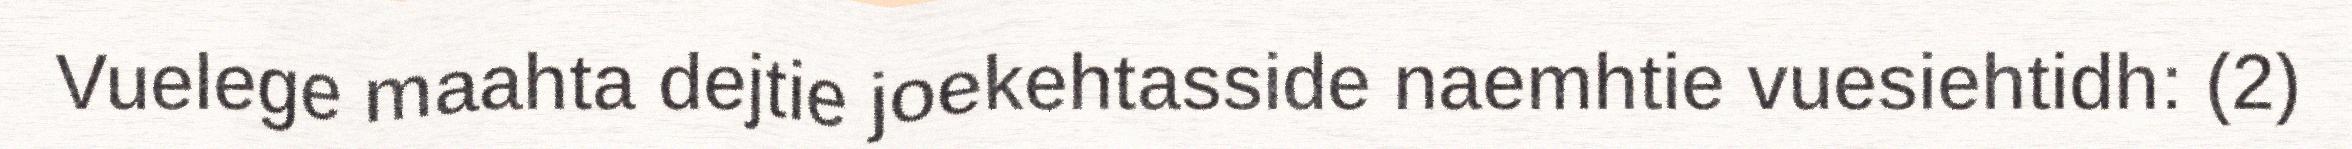
Vuelege maahta dejtie joekehtasside naemhtie vuesiehtidh: (2)